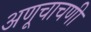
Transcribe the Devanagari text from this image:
अणूचाचणी